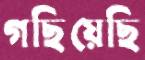
গছিয়েছি